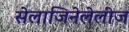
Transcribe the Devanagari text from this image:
सेलाजिनेलेलीज